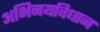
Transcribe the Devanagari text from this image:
अभिनयविधान